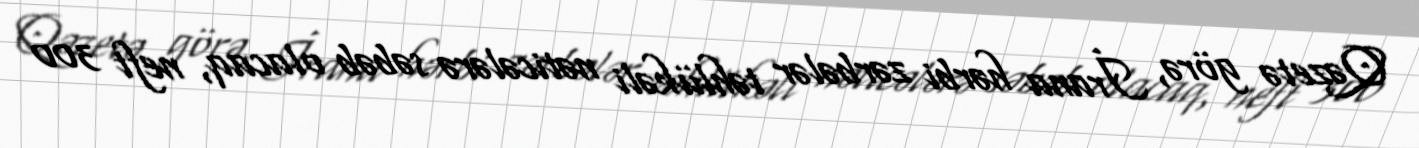
Qəzetə görə, İrana hərbi zərbələr təhlükəli nəticələrə səbəb olacaq, neft 300